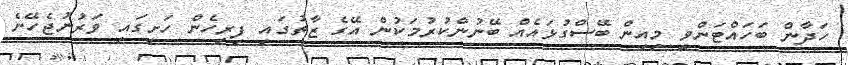
ހަދާން ބަހައްޓަންވީ މިއިން ބޭސްގުޅައެއް ބޭނުންކުރުމަކުން އޭގެ ޒާތުގައި ފިރިހެން ހަށީގައި ވަރުނުޖެހޭނެ